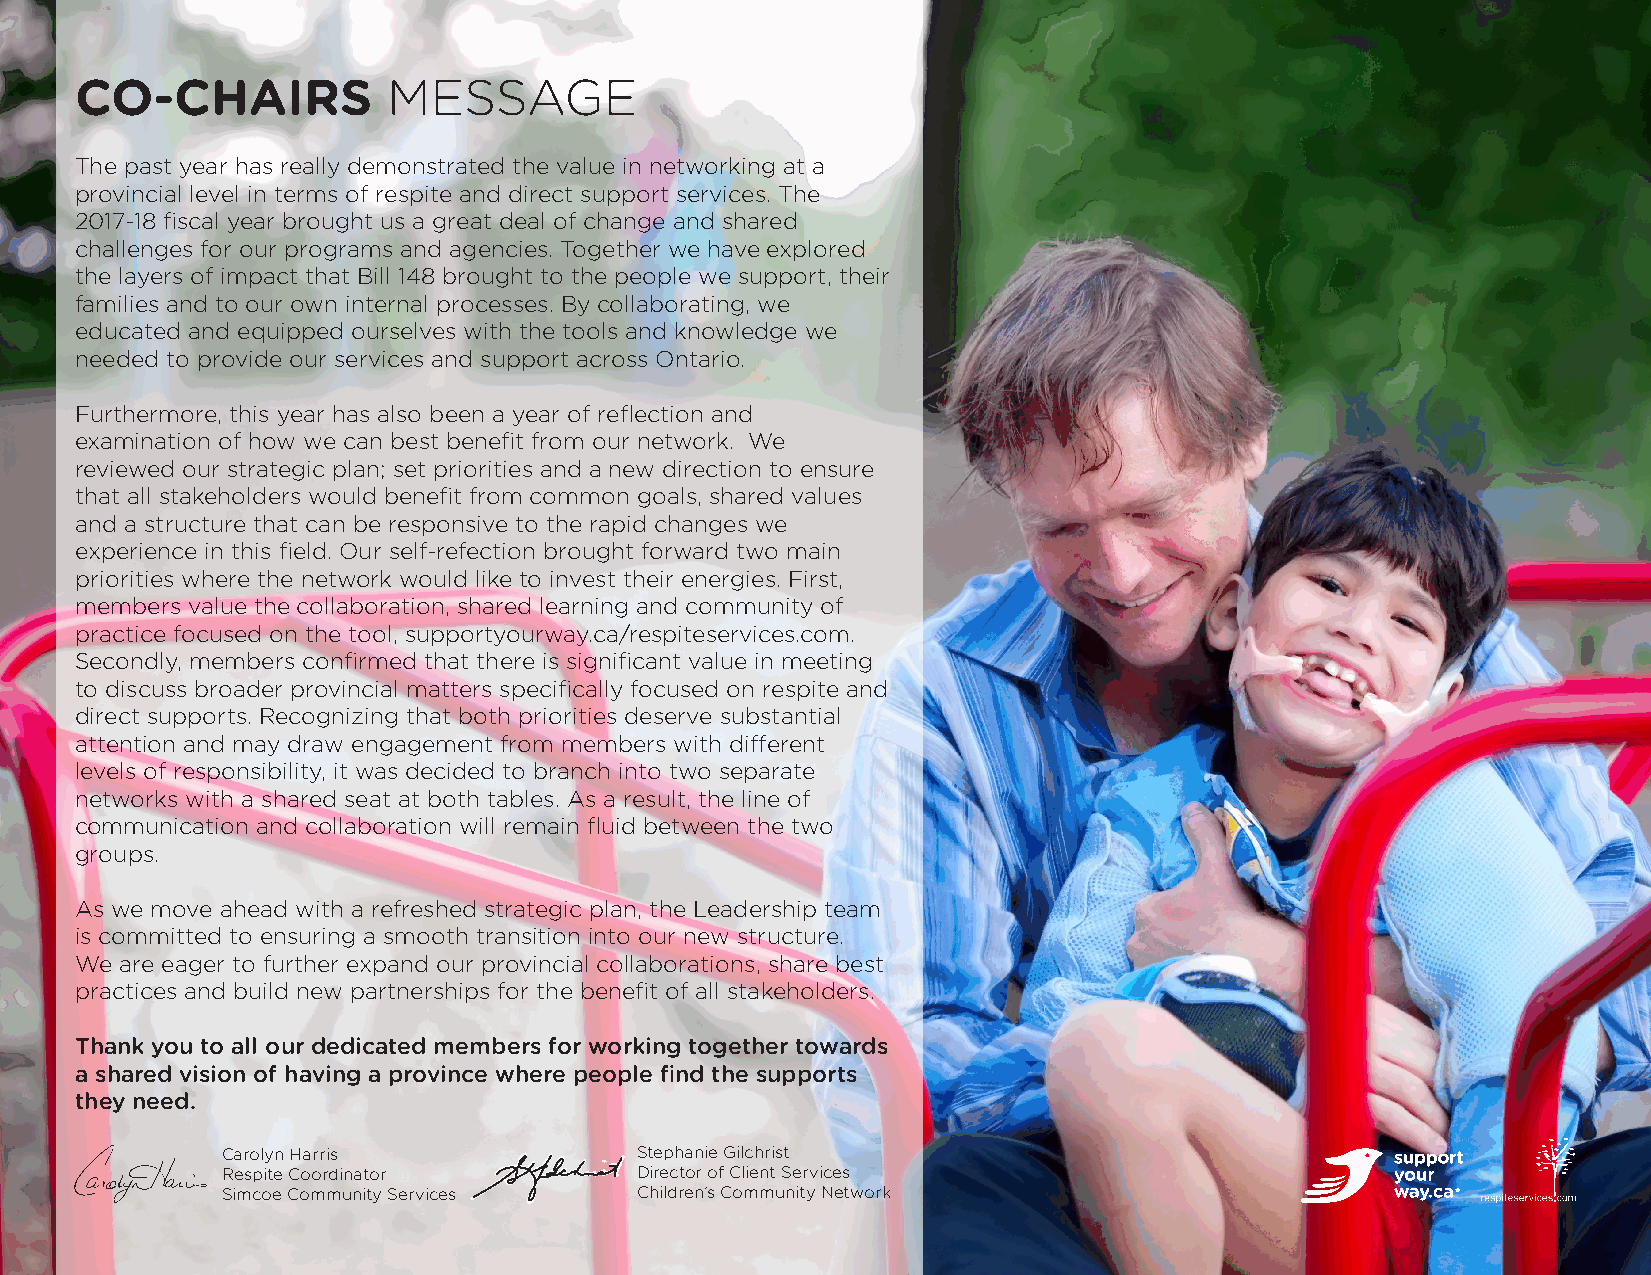
CO-CHAIRS            MESSAGE
 The past year has really demonstrated the value in networking at a
 provincial level in terms of respite and direct support services. The
 2017-18 fiscal year brought us a great deal of change and shared
 challenges for our programs and agencies. Together we have explored
 the layers of impact that Bill 148 brought to the people we support, their
 families and to our own internal processes. By collaborating, we
 educated and equipped ourselves with the tools and knowledge we
 needed to provide our services and support across Ontario.
 Furthermore, this year has also been a year of reflection and
 examination of how we can best benefit from our network. We
 reviewed our strategic plan; set priorities and a new direction to ensure
 that all stakeholders would benefit from common goals, shared values
 and a structure that can be responsive to the rapid changes we
 experience in this field. Our self-refection brought forward two main
 priorities where the network would like to invest their energies. First,
 members value the collaboration, shared learning and community of
 practice focused on the tool, supportyourway.ca/respiteservices.com.
 Secondly, members confirmed that there is significant value in meeting
 to discuss broader provincial matters specifically focused on respite and
 direct supports. Recognizing that both priorities deserve substantial
 attention and may draw engagement from members with different
 levels of responsibility, it was decided to branch into two separate
 networks with a shared seat at both tables. As a result, the line of
 communication and collaboration will remain fluid between the two
 groups.
 As we move ahead with a refreshed strategic plan, the Leadership team
 is committed to ensuring a smooth transition into our new structure.
 We are eager to further expand our provincial collaborations, share best
 practices and build new partnerships for the benefit of all stakeholders.
 Thank you to all our dedicated members for working together towards
 a shared vision of having a province where people find the supports
 they need.
 Carolyn Harris             Stephanie Gilchrist
 Respite Coordinator        Director of Client Services
 Simcoe Community Services  Children’s Community Network